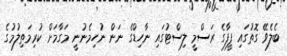
ބެލެވޭ ގޮތުގައި ފީފާގެ ރަސްމީ ލިސްޓުގައި ނާހިޑްގެ ނަން ނުހިމެނުނީ މަގާމަށް ކުރިމަތިލުމުގެ